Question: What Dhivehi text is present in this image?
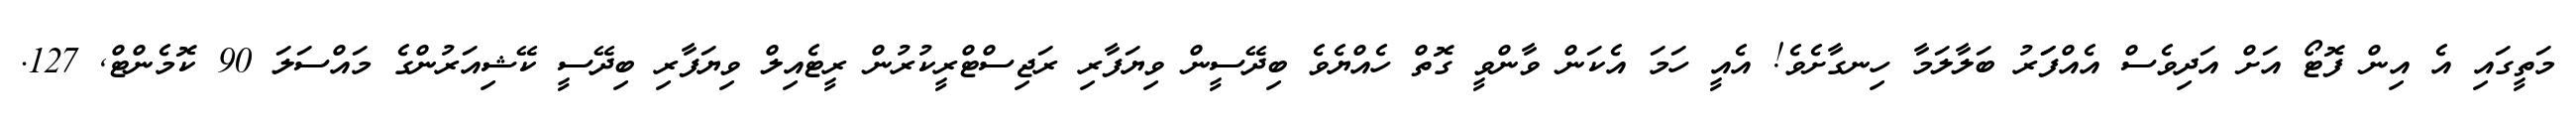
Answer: މަތީގައި އެ އިން ފޮޓޯ އަށް އަދިވެސް އެއްފަަރު ބަލާލަމާ ހިނގާށެވެ! އެއީ ހަމަ އެކަން ވާންވީ ގޮތް ހެއްޔެވެ ބިދޭސީން ވިޔަފާރި ރަޖިސްޓްރީކުރުން ރީޓެއިލް ވިޔަފާރި ބިދޭސީ ކޭޝިއަރުންގެ މައްސަލަ 90 ކޮމެންޓް, 127.